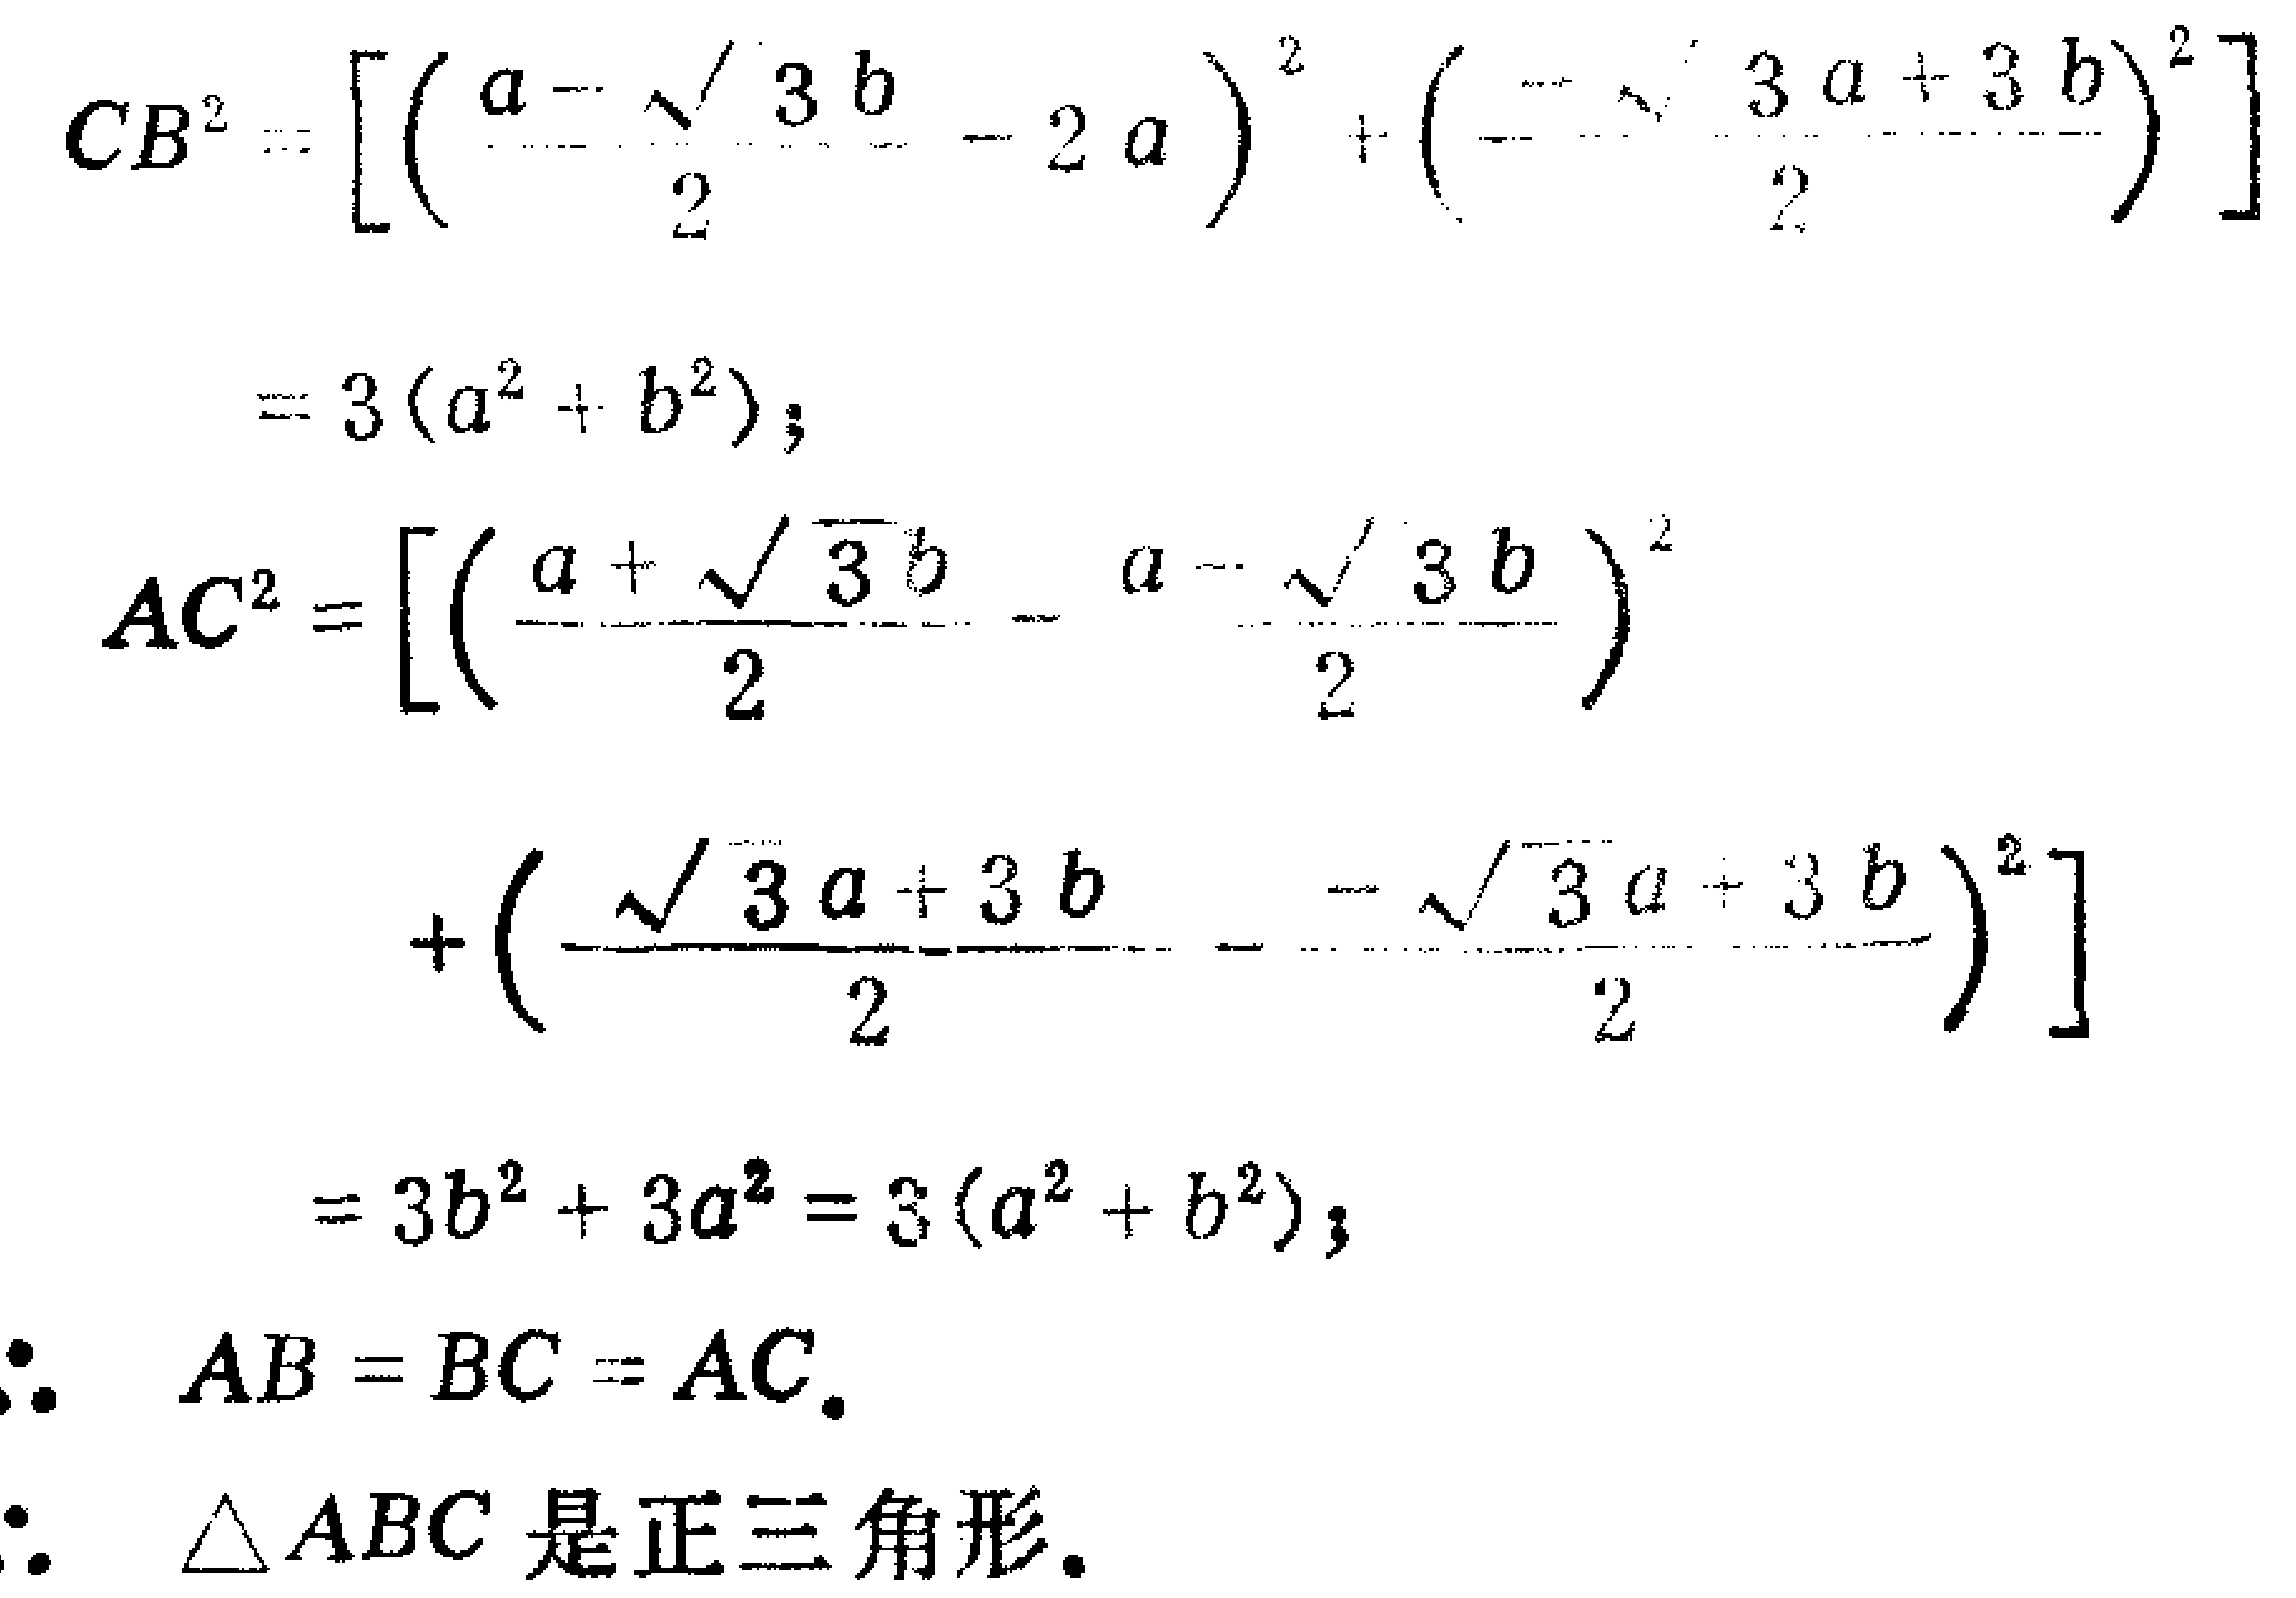
\begin{align*}
CB^{2}&=\left[\left(\frac{a - \sqrt{3}b}{2}-2a\right)^{2}+\left(\frac{-\sqrt{3}a + 3b}{2}\right)^{2}\right]\\
&=3(a^{2}+b^{2});\\
AC^{2}&=\left[\left(\frac{a+\sqrt{3}b}{2}-\frac{a - \sqrt{3}b}{2}\right)^{2}+\left(\frac{\sqrt{3}a + 3b}{2}-\frac{-\sqrt{3}a + 3b}{2}\right)^{2}\right]\\
&= 3b^{2}+3a^{2}=3(a^{2}+b^{2});\\
\therefore\ AB&=BC = AC.\\
\therefore\ \triangle ABC&\text{ 是正三角形}.
\end{align*}